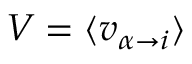
V = \langle { v _ { \alpha \to i } } \rangle